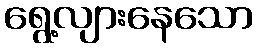
ရွေ့လျားနေသော